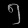
Digit: ၅